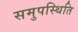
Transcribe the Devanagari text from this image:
समुपस्थिति